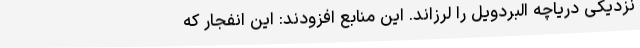
نزدیکی دریاچه البردویل را لرزاند. این منابع افزودند: این انفجار که